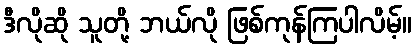
ဒီလိုဆို သူတို့ ဘယ်လို ဖြစ်ကုန်ကြပါလိမ့်။